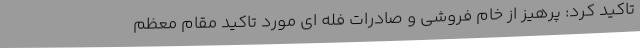
تاکید کرد: پرهیز از خام فروشی و صادرات فله ای مورد تاکید مقام معظم